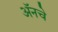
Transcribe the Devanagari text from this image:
अॅनचे